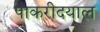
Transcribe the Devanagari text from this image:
पाकरीदयाल